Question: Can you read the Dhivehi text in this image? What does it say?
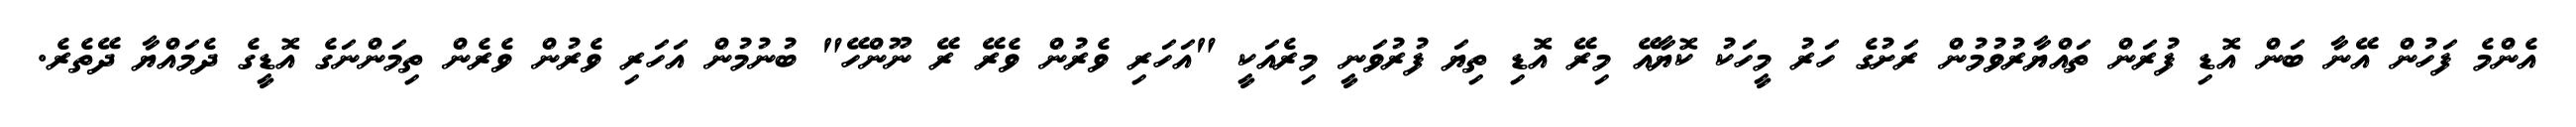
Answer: އެންމެ ފަހުން އޭނާ ބަން އޮޑި ފުރަން ތައްޔާރުވުމުން ރަށުގެ ހަރު މީހަކު ކޮޔާއޭ މިރޭ އޮޑި ތިޔަ ފުރުވަނީ މިރެއަކީ "އަހަރި ވެރުން ވެރޭ ރޭ ނޫންހޭ" ބުނުމުން އަހަރި ވެރުން ވެރެން ތިމަންނަގެ އޮޑީގެ ދެމައްޔާ ދޭތެރެ.